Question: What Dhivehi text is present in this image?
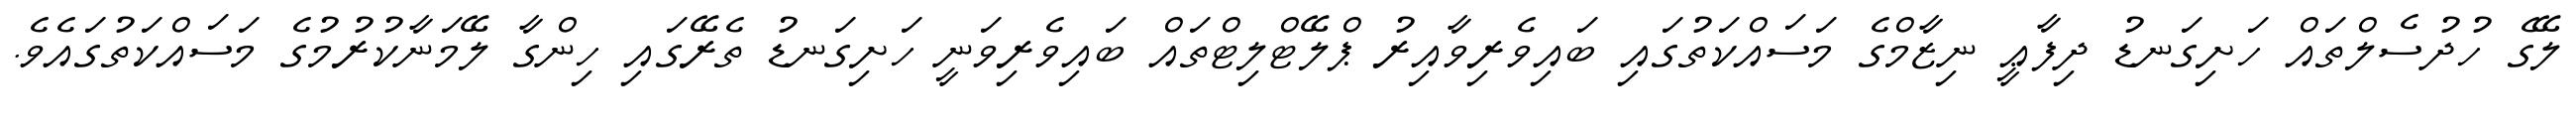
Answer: ލޭގެ ހުދުސެލްތައް ހަށިގަނޑު ދިފާޢީ ނިޒާމްގެ މަސައްކަތުގައި ބައިވެރިވާއިރު ޕްލޭޓްލިޓްތައް ބައިވެރިވަނީ ހަށިގަނޑު ތެރޭގައި ހިންގާ ލޭމަނާކުރުމުގެ މަސައްކަތުގައެވެ.